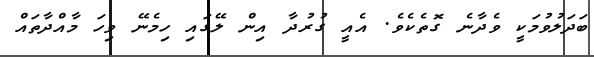
ބަދަލުވުމަކީ ވެދާނެ ގޮތެކެވެ. އެއީ ގުރުދާ އިން ލޭގައި ހިމެނޭ ވިހަ މާއްދާތައް